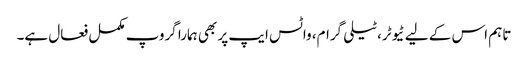
تاہم اس کے لیے ٹیوٹر، ٹیلی گرام، واٹس ایپ پر بھی ہمارا گروپ مکمل فعال ہے۔